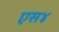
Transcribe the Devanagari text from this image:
एस४